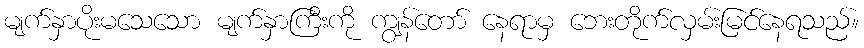
မျက်နှာပိုးမသေသော မျက်နှာကြီးကို ကျွန်တော် နေရာမှ ဘေးတိုက်လှမ်းမြင်နေရသည်။